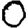
Digit: 0